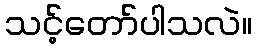
သင့်တော်ပါသလဲ။